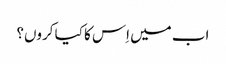
اب میں اِس کا کیا کروں؟